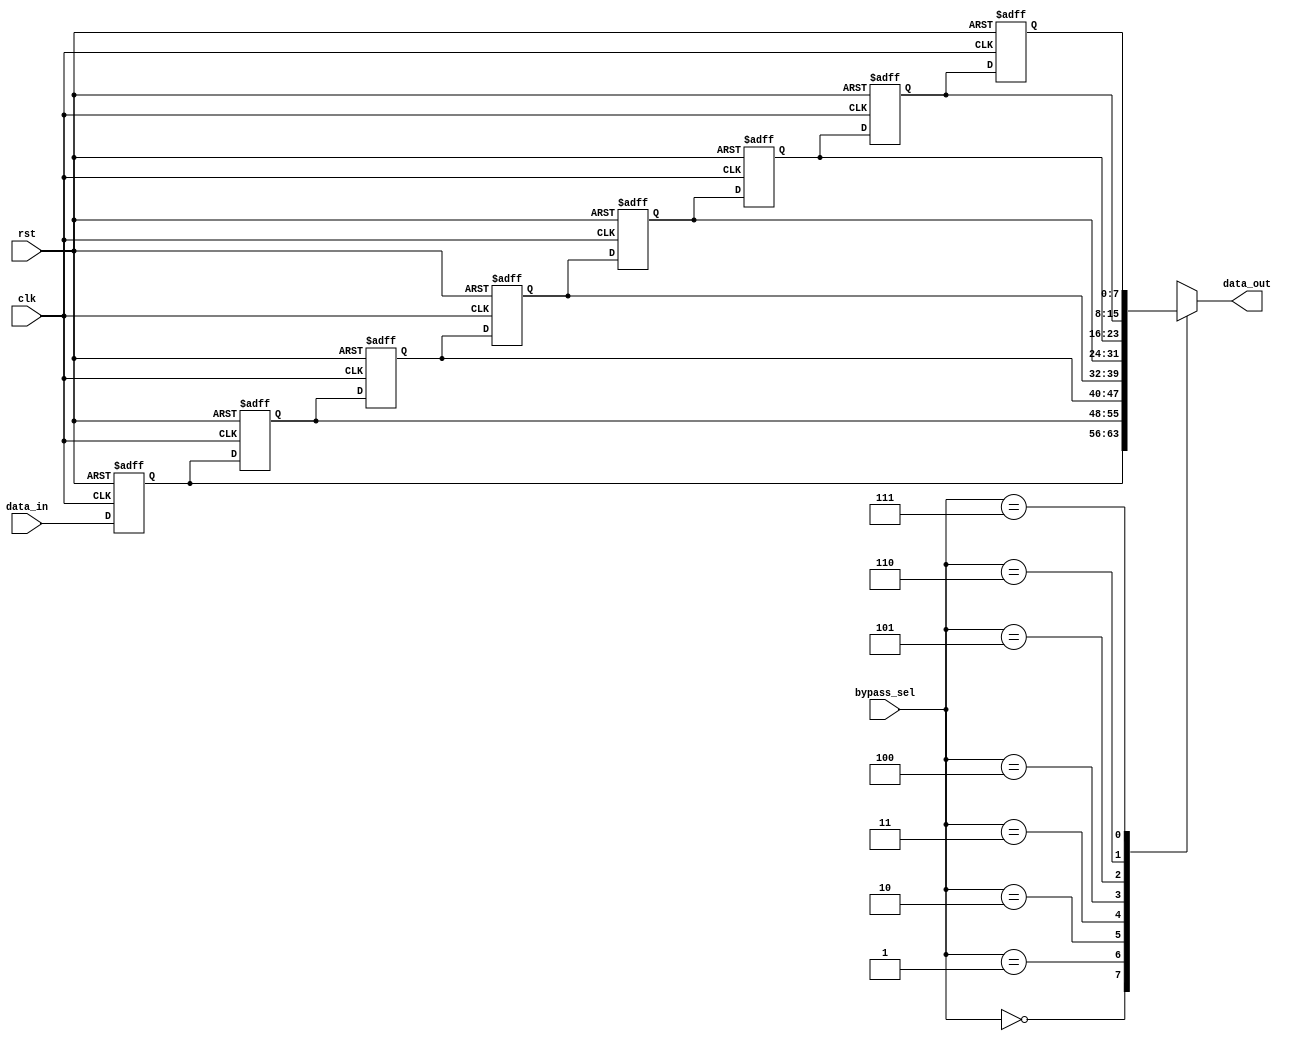
module timing_control_and_sync(
    input wire clk,
    input wire rst,
    input wire [7:0] data_in,
    input wire [2:0] bypass_sel,
    output reg [7:0] data_out
);

reg [7:0] reg1, reg2, reg3, reg4, reg5, reg6, reg7, reg8;

always @(posedge clk or posedge rst) begin
    if(rst) begin
        reg1 <= 0;
        reg2 <= 0;
        reg3 <= 0;
        reg4 <= 0;
        reg5 <= 0;
        reg6 <= 0;
        reg7 <= 0;
        reg8 <= 0;
    end else begin
        reg1 <= data_in;
        reg2 <= reg1;
        reg3 <= reg2;
        reg4 <= reg3;
        reg5 <= reg4;
        reg6 <= reg5;
        reg7 <= reg6;
        reg8 <= reg7;
    end
end

always @(*) begin
    case(bypass_sel)
        3'b000: data_out = reg1;
        3'b001: data_out = reg2;
        3'b010: data_out = reg3;
        3'b011: data_out = reg4;
        3'b100: data_out = reg5;
        3'b101: data_out = reg6;
        3'b110: data_out = reg7;
        3'b111: data_out = reg8;
    endcase
end

endmodule